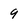
Character: 9